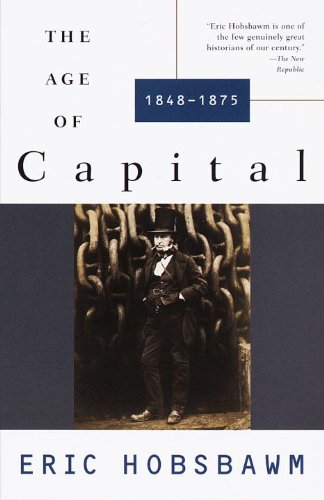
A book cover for The Age of Capital: 1848-1875; Eric Hobsbawm; History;